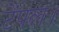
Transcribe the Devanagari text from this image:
टेंपल।